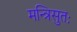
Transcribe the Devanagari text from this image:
मन्त्रिसुतः